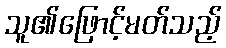
သူ၏ဖြောင့်မတ်သည့်